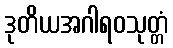
ဒုတိယအဂါရဝသုတ္တံ